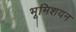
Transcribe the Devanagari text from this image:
भूमिशयन